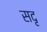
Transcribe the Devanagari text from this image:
सदृ